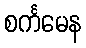
စင်္ကမေန